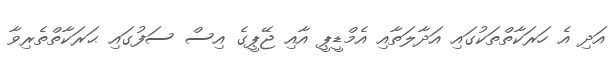
އަދި އެ ހަރަކާތްތަކުގައި އަދާލަތާއި އެމްޑީޕީ އާއި ޖޭޕީގެ އިސް ސަފުގައި ޙަރަކާތްތެރިވާ